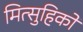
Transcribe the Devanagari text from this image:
मित्सुहिको